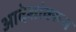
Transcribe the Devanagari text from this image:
आदेशांवरून